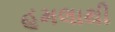
હૂમલાથી